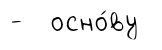
- осно́ву